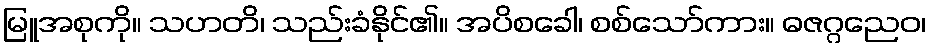
မြူအစုကို။ သဟတိ၊ သည်းခံနိုင်၏။ အပိစခေါ၊ စစ်သော်ကား။ ဓဇဂ္ဂညေဝ၊